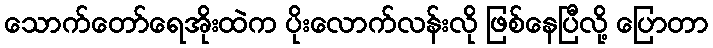
သောက်တော်ရေအိုးထဲက ပိုးလောက်လန်းလို ဖြစ်နေပြီလို့ ပြောတာ